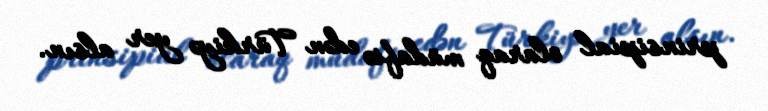
prinsipial olaraq müdafiə edən Türkiyə yer alsın.